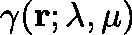
\gamma ( \mathbf { r ; \lambda , \mu } )